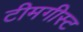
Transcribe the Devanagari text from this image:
टीमगीस्ट